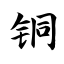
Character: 铜